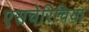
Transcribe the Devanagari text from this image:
एसचेरिचिया